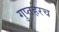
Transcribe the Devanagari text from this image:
गुप्तहेरच